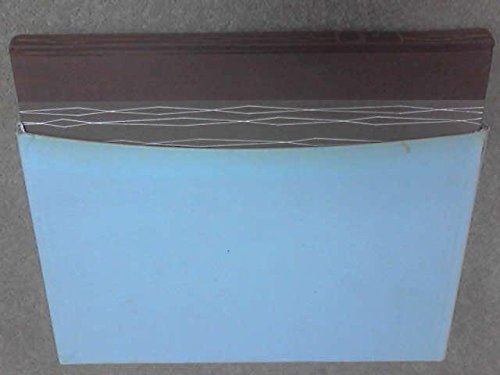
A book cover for The Warden; Anthony (David Skilton, Intro & Notes) Trollope; Humor & Entertainment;